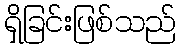
ရှိခြင်းဖြစ်သည်